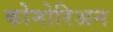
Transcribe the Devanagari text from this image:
कोमोरिअन